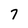
Character: 7